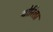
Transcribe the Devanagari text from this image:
थोरिला